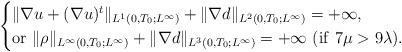
LaTeX: \begin{align*}\begin{cases}\|\nabla u+(\nabla u)^t\|_{L^1(0, T_0; L^\infty)}+\|\nabla d\|_{L^2(0,T_0; L^\infty)}=+\infty,\\{\rm{or}}\ \|\rho\|_{L^\infty(0,T_0; L^\infty)}+\|\nabla d\|_{L^3(0,T_0; L^\infty)}=+\infty\ ( {\rm{if}}\ 7\mu>9\lambda).\end{cases}\end{align*}